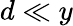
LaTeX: d\ll y